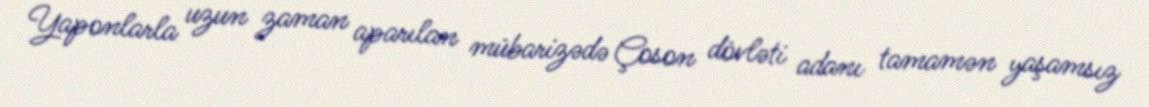
Yaponlarla uzun zaman aparılan mübarizədə Çoson dövləti adanı tamamən yaşamsız